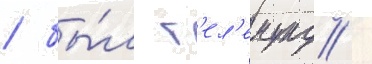
/ бы́л г'ел'емунд /